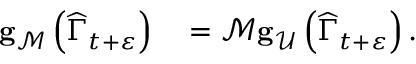
\begin{array} { r l } { \mathbf { g } _ { \mathcal { M } } \left( \widehat { \Gamma } _ { t + \varepsilon } \right) } & { { } = \mathcal { M } \mathbf { g } _ { \mathcal { U } } \left( \widehat { \Gamma } _ { t + \varepsilon } \right) . } \end{array}